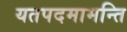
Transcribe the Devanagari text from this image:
यतपदमामन्ति